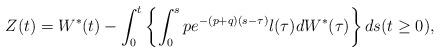
LaTeX: \begin{align*}Z(t)=W^*(t)-\int_{0}^{t}\left\{\int_{0}^{s}pe^{-(p+q)(s-\tau)}l(\tau)dW^*(\tau)\right\}ds(t\geq 0),\end{align*}